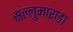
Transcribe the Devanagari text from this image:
सल्लुमाराडा